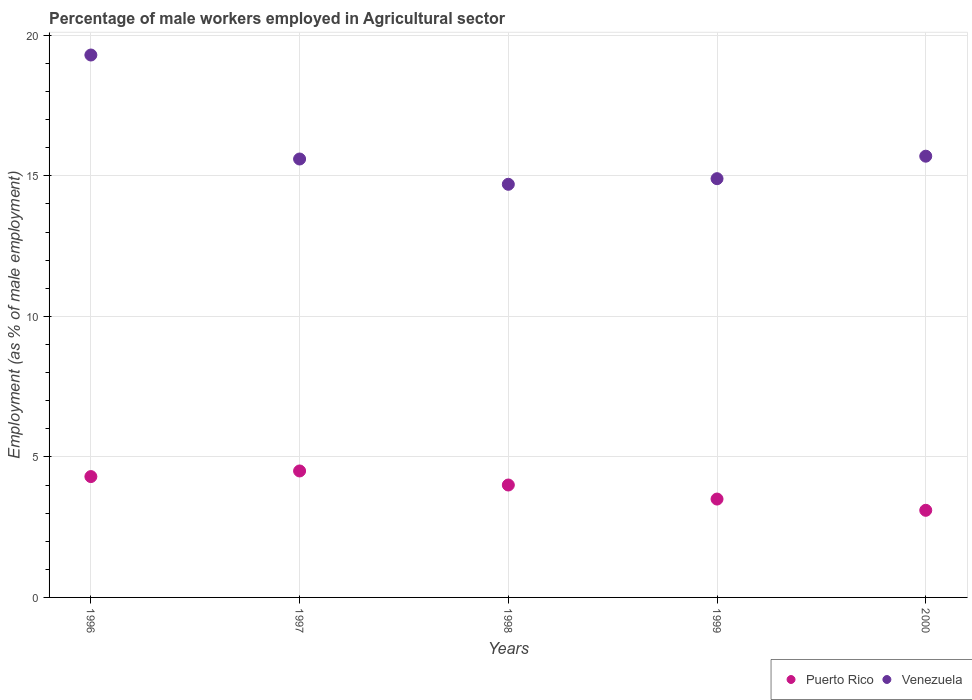
| Years | Puerto Rico | Venezuela |
 | --- | --- | --- |
 | 1996 | 4.3 | 19.3 |
 | 1997 | 4.5 | 15.6 |
 | 1998 | 4 | 14.7 |
 | 1999 | 3.5 | 14.9 |
 | 2000 | 3.1 | 15.7 |